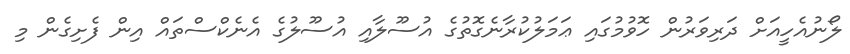
ލޯނުއެހީއަށް ދަރިވަރުން ހޮވުމުގައި ޢަމަލުކުރާނެގޮތުގެ އުސޫލާއި އުސޫލުގެ އެނެކްސްތައް އިން ފެށިގެން މި